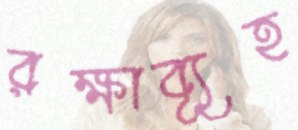
রক্ষাব্যূহ